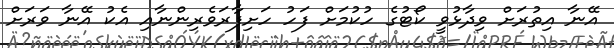
އޭނާ އިތުރަށް ވިދާޅުވީ ކޯޓުގެ ހުކުމަށް ފަހު ހަށިފާރަވެރިންނާއި އެކު އޭނާ ވަރަށް